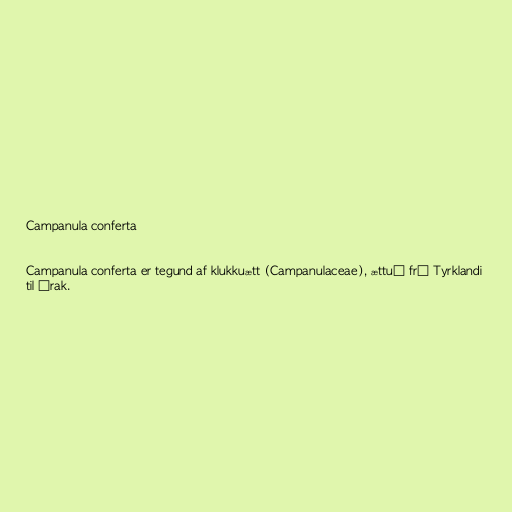
Campanula conferta

Campanula conferta er tegund af klukkuætt (Campanulaceae), ættuð frá Tyrklandi
til Írak.